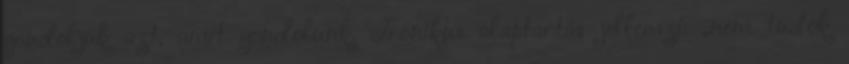
gondoljuk azt, amit gondolunk. Ironikus alaptartás jellemzi: „nem tudok